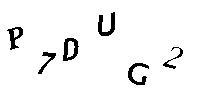
P7DUG2